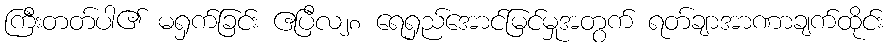
ကြီးတတ်ပါ၏ မရှက်ခြင်း ဧပြီလ၂၈ ရေရှည်အောင်မြင်မှုအတွက် ရတ်ချာအာဏာချက်ထိုင်း